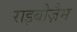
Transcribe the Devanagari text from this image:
राइबोज़ैम